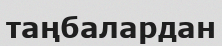
таңбалардан